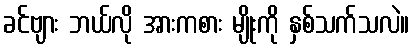
ခင်ဗျား ဘယ်လို အားကစား မျိုးကို နှစ်သက်သလဲ။